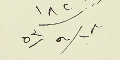
١٨٢/ ١٨/٩/٥٣